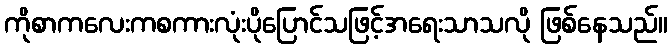
ကိုစာကလေးကစကားလုံးပိုပြောင်သဖြင့်အရေးသာသလို ဖြစ်နေသည်။